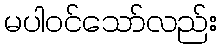
မပါဝင်သော်လည်း